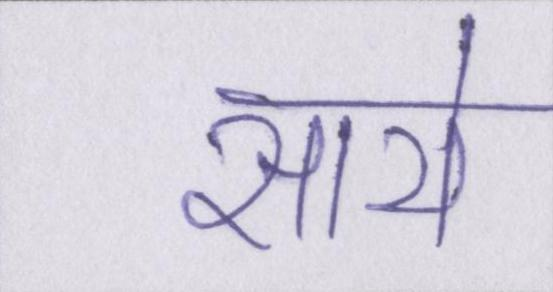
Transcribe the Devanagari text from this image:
साये